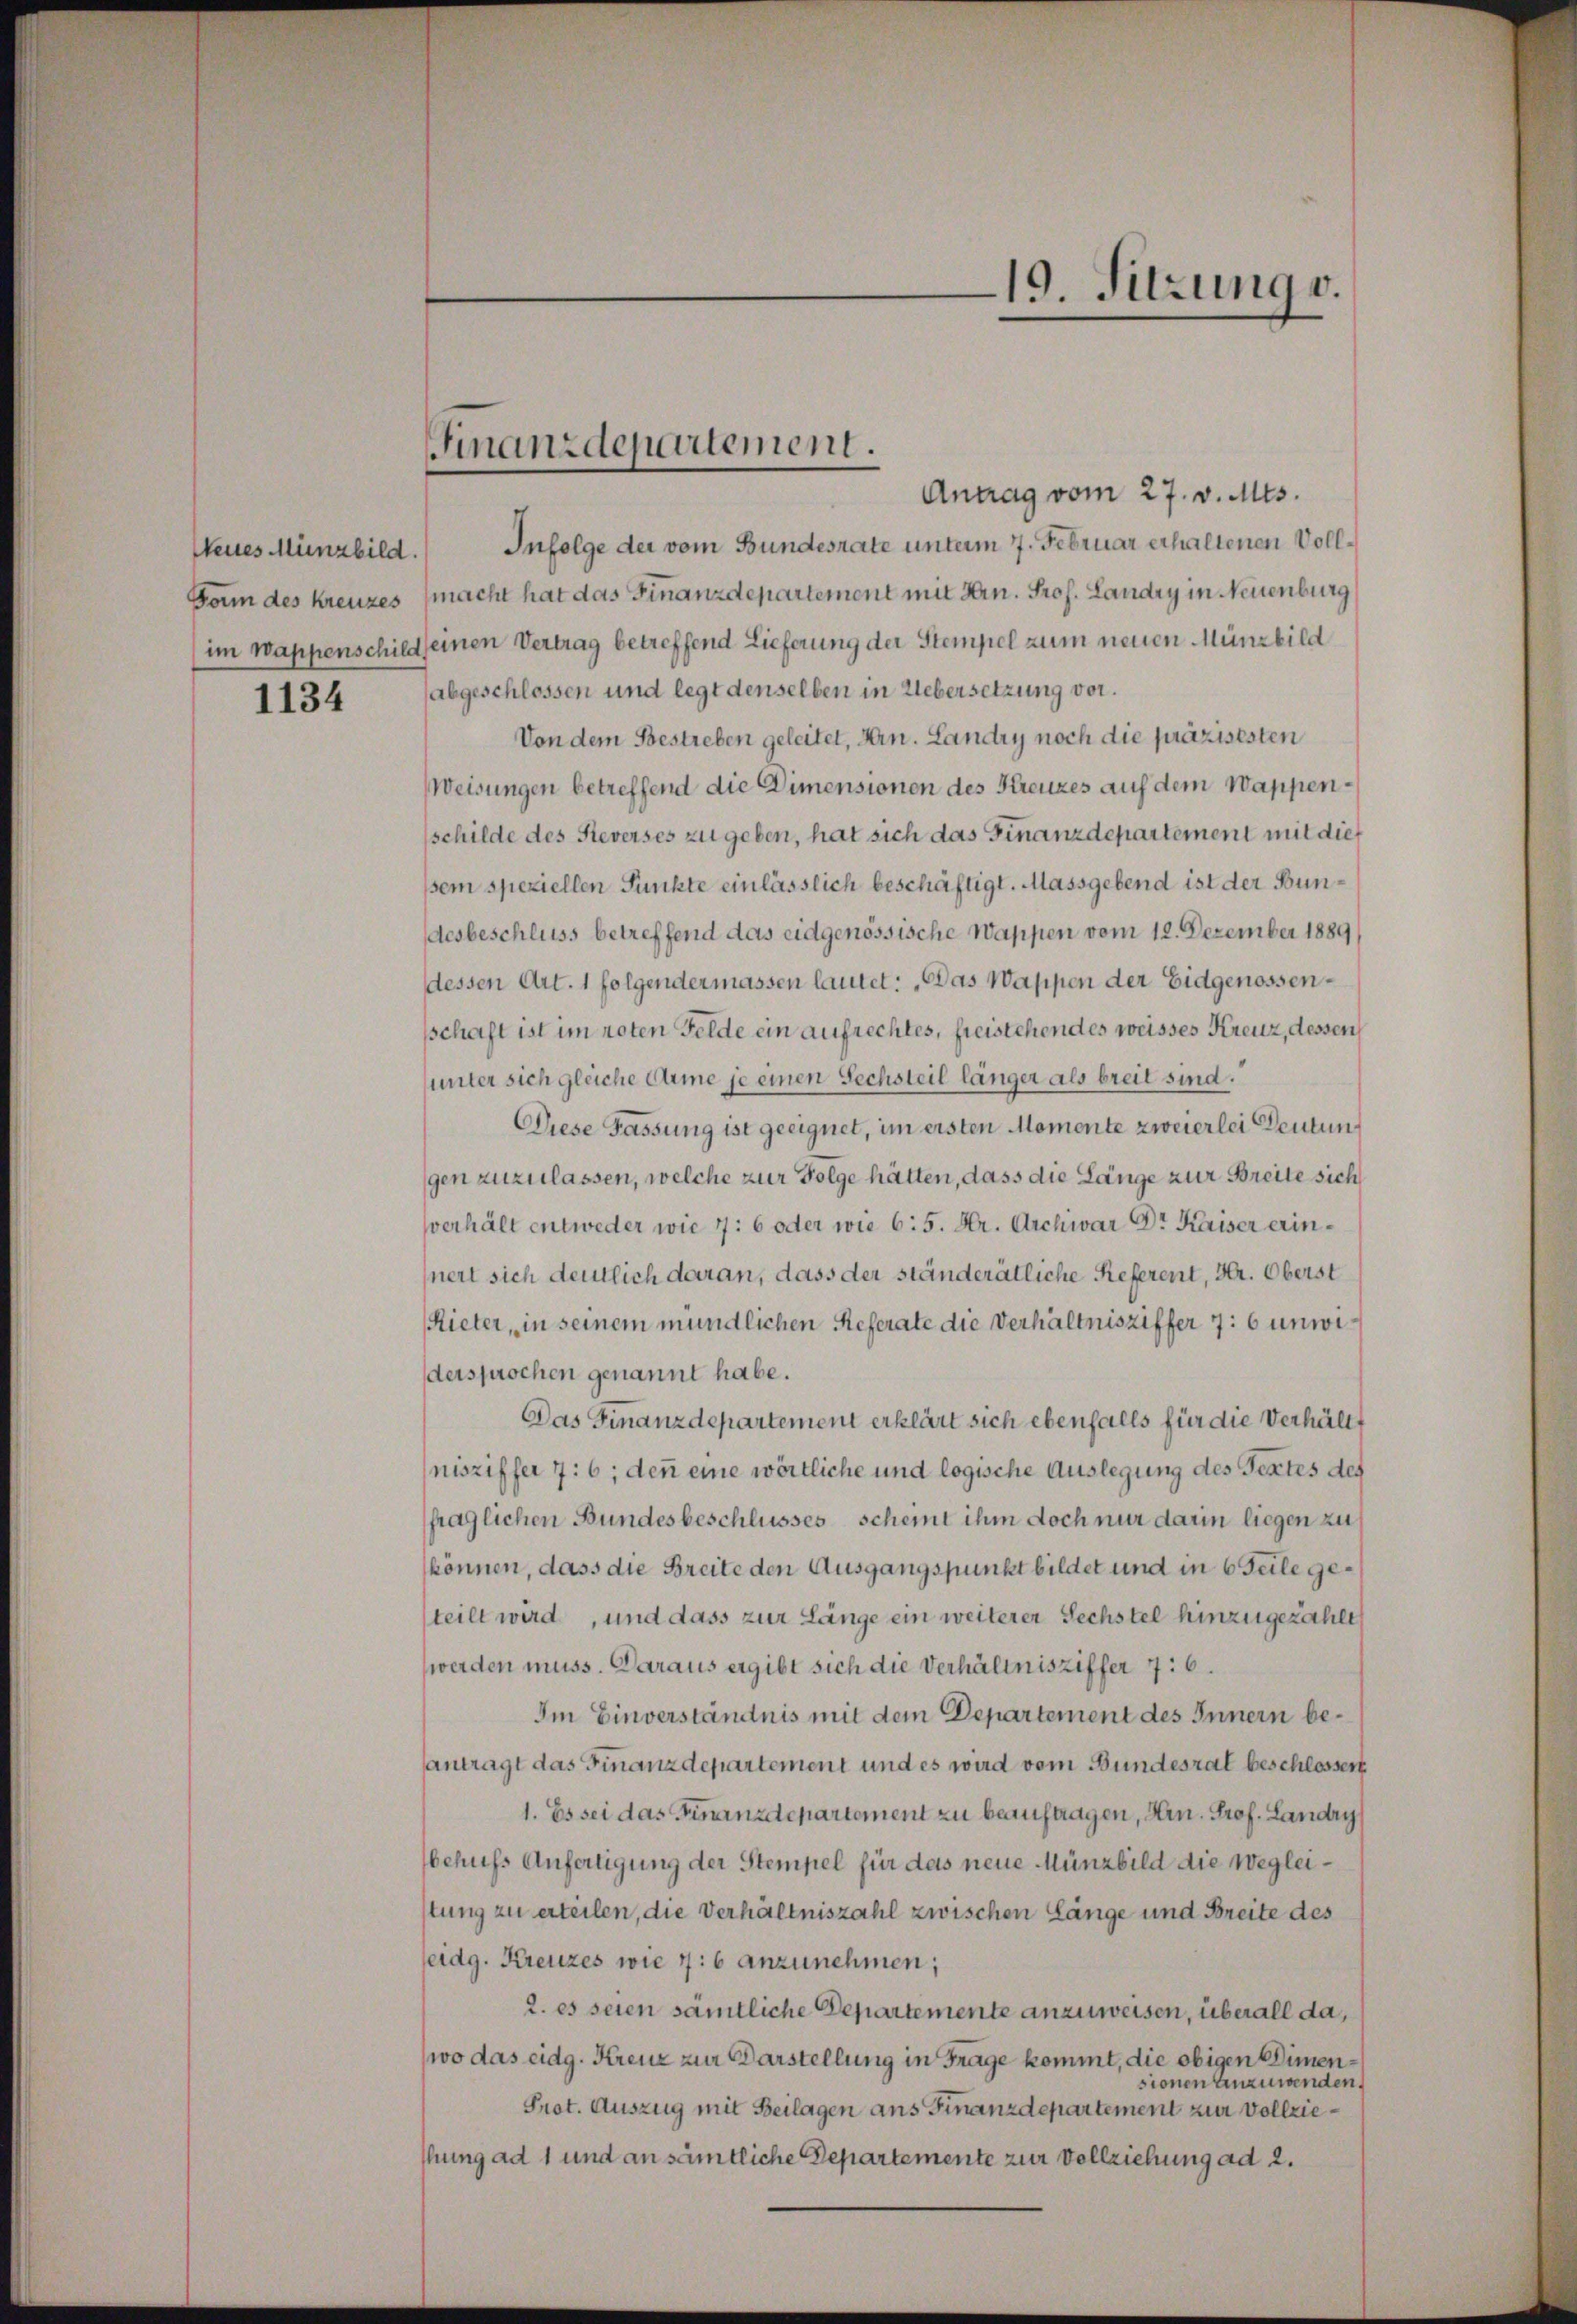
Neues Münzbild.

1134

Antrag vom 27. v. Mts.
Infolge der vom Bundesrate unterm 7. Februar erhaltenen Voll¬
Bann des kreuzes (macht hat das Finanzdepartement mit Hrn. Prof. Landry in Neuenburg
(im Wappenschild seinen Vertrag betreffend Lieferung der Stempel zum neuen Münzbild
abgeschlossen und legt denselben in Uebersetzung vor.
Von dem Bestreben geleitet, Hrn. Landry noch die präzisesten
WWeisungen betreffend die Dimensionen des Kreuzes auf dem Wappenschilde des Sieverses zu geben, hat sich das Finanzdepartement mit dies
sem speziellen Punkte einlässlich beschäftigt. Massgebend ist der Bundesbeschluss betreffend das eidgenössische Wappen vom 12. Dezember 1889
dessen Art. 1 folgendermassen lautet: „Das Wappen der Eidgenossensschaft ist im roten Felde ein aufrechtes, freistehendes weisses Kreuz, dessen
unter sich gleiche Arme je einen Sechsteil länger als breit sind.
Diese Fassung ist geeignet, im ersten Momente zweierlei Deutung
gen zuzulassen, welche zur Folge hätten, dass die Länge zur Breite sich
verhält entweder wie 7: 6 oder wie 6: 5. Kr. Archivar Dr. Kaiser erinsnert sich deutlich daran, dass der ständerätliche Referent, Hr. Oberst
Rieter, in seinem mündlichen Referate die Verhältnisziffer 7: 6 unwidersprochen genannt habe.
Das Finanzdepartement erklärt sich ebenfalls für die Verhältt
nisziffer 7: 6; denn eine wörtliche und logische Auslegung des Textes des
fraglichen Bundesbeschlusses scheint ihm doch nur darin liegen zu
können, dass die Breite den Ausgangspunkt bildet und in 6 Teile geteilt wird, und dass zur Länge ein weiterer Sechstel hinzugezählt
werden muss. Daraus ergibt sich die Verhältnisziffer 76.
Im Einverständnis mit dem Departement des Innern beantragt das Finanzdepartement und es wird vom Bundesrat beschlossert
1. Es sei das Finanzdepartement zu beauftragen, Hrn. Prof. Landry
behufs Anfertigung der Stempel für das neue Münzbild die Wegleistung zu erteilen, die Verhältniszahl zwischen länge und Breite des
seidg. Kreuzes wie 7: 6 anzunehmen;
2. es seien sämtliche Departemente anzuweisen, überall da,
wo das eidg. Kreuz zur Darstellung in Frage kommt, die obigen Dimensionen anzuwenden.
Prot. Auszug mit Beilagen ans Finanzdepartement zur Vollziehung ad 1 und an sämtliche Departemente zur Vollziehung ad 2.

Finanzdepartement.

19. Sitzung v.